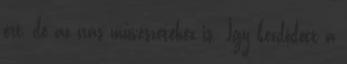
ért, de az írás művészetéhez is. Így kezdődött a